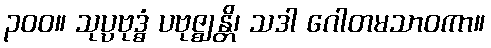
၃၀၀။ သုပ္ပဗုဒ္ဓံ ပဗုဇ္ဈန္တိ၊ သဒါ ဂေါတမသာဝကာ။